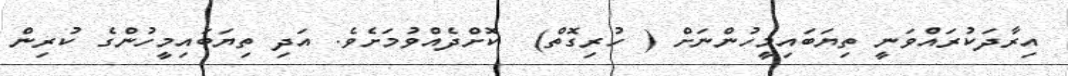
އިރާދަކުރައްވަނީ ތިޔަބައިމީހުންނަށް ( ހުރިގޮތް)  ކޮށްދެއްވުމަށެވެ. އަދި ތިޔަބައިމީހުންގެ ކުރިން